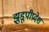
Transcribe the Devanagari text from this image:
झुडूपीप्रदेश